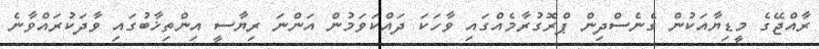
ރާއްޖޭގެ މީޑިޔާއަކުން ގެނެސްދިން ޕްރޮގުރާމެއްގައި ވާހަކަ ދައްކަވަމުން އަންނަ ރިޔާސީ އިންތިޚާބުގައި ވާދަކުރައްވާނެ